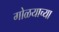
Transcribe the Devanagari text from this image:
गोळयाच्या